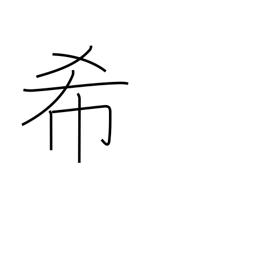
Meaning: pray